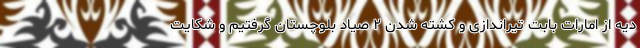
دیه از امارات بابت تیراندازی و کشته شدن ۲ صیاد بلوچستان گرفتیم و شکایت